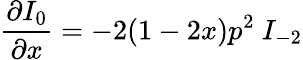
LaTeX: \frac{\partial I_{0}}{\partial x}=-2(1-2x)p^{2}\ I_{-2}